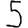
Digit: 5